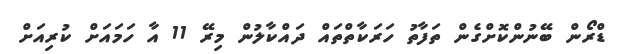
ޑްރޯން ބޭނުންކޮށްގެން ތަފާތު ހަރަކާތްތައް ދައްކާލުން މިރޭ 11 އާ ހަމައަށް ކުރިއަށް